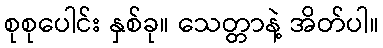
စုစုပေါင်း နှစ်ခု။ သေတ္တာနဲ့ အိတ်ပါ။